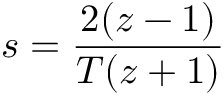
s = { \frac { 2 ( z - 1 ) } { T ( z + 1 ) } }